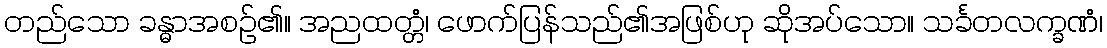
တည်သော ခန္ဓာအစဉ်၏။ အညထတ္တံ၊ ဖောက်ပြန်သည်၏အဖြစ်ဟု ဆိုအပ်သော။ သင်္ခတလက္ခဏံ၊